画像に写った文字を読んでください
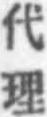
「代理」と書いてあります